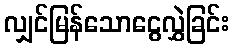
လျှင်မြန်သောငွေလွှဲခြင်း